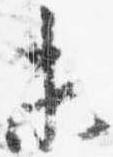
未